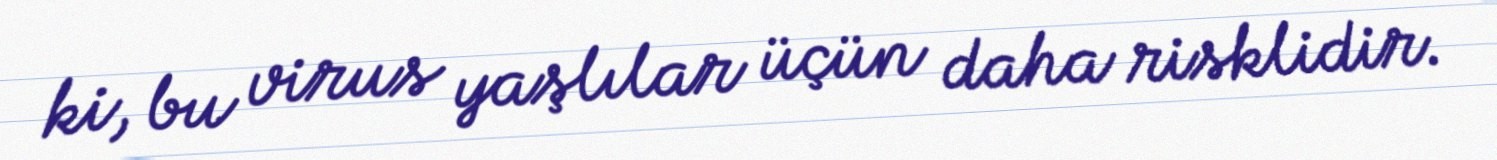
ki, bu virus yaşlılar üçün daha risklidir.